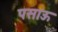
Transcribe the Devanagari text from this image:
पसाऊ